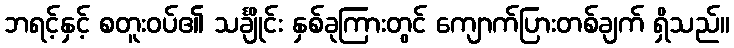
ဘရင့်နှင့် စတူးဝပ်၏ သင်္ချိုင်း နှစ်ခုကြားတွင် ကျောက်ပြားတစ်ချက် ရှိသည်။